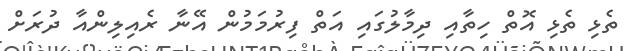
ތެޅި ތެޅި އޮތް ހިތާއި ދިމާލުގައި އަތް ފިރުމަމުން އޭނާ ރެއިލިންއާ ދުރަށް